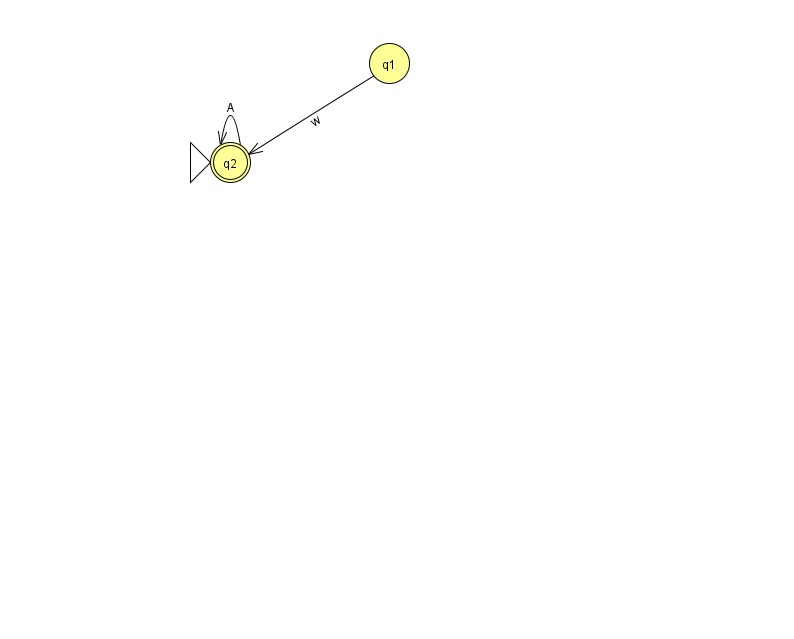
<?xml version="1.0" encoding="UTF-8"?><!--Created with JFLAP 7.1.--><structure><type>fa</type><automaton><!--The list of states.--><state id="1" name="q1"><x>389.0</x><y>50.0</y></state><state id="2" name="q2"><x>230.0</x><y>149.0</y><initial/><final/></state><!--The list of transitions.--><transition><from>2</from><to>2</to><read>A</read></transition><transition><from>1</from><to>2</to><read>w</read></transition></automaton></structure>